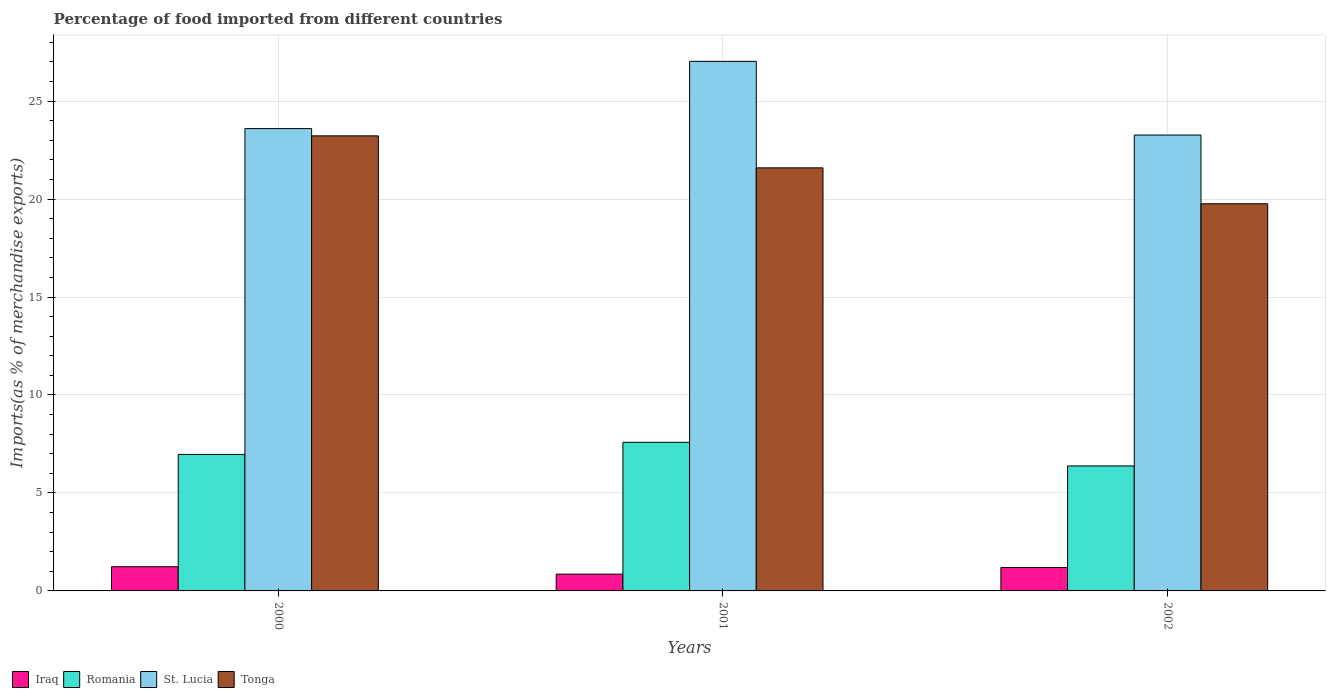
| Years | Iraq | Romania | St. Lucia | Tonga |
 | --- | --- | --- | --- | --- |
 | 2000 | 1.23 | 6.97 | 23.6 | 23.2 |
 | 2001 | 0.856 | 7.59 | 27 | 21.6 |
 | 2002 | 1.2 | 6.38 | 23.3 | 19.8 |